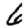
Digit: 6